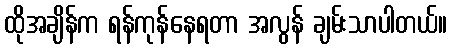
ထိုအချိန်က ရန်ကုန်နေရတာ အလွန် ချမ်းသာပါတယ်။